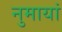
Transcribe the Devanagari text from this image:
नुमायां